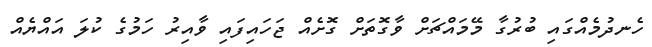
ހެނދުމެއްގައި ބުރުގާ މޭމައްޗަށް ވާގޮތަށް ގޮށެއް ޖަހައިފައި ވާއިރު ހަމުގެ ކުލަ އައްޔެއް